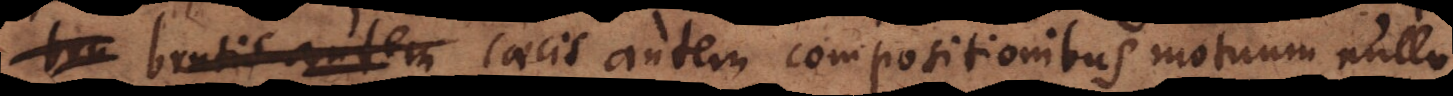
brutis caecis autem compositionibus motuum nullo